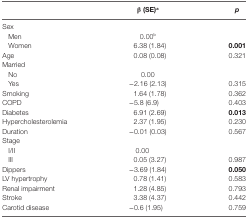
<table><thead><tr><td></td><td><b>β (SE)<sup>a</sup></b></td><td><b><i>p</i></b></td></tr></thead><tbody><tr><td>Sex</td><td></td><td></td></tr><tr><td> Men</td><td>0.00<sup>b</sup></td><td></td></tr><tr><td> Women</td><td>6.38 (1.84)</td><td><b>0.001</b></td></tr><tr><td>Age</td><td>0.08 (0.08)</td><td>0.321</td></tr><tr><td>Married</td><td></td><td></td></tr><tr><td> No</td><td>0.00</td><td></td></tr><tr><td> Yes</td><td>−2.16 (2.13)</td><td>0.315</td></tr><tr><td>Smoking</td><td>1.64 (1.78)</td><td>0.362</td></tr><tr><td>COPD</td><td>−5.8 (6.9)</td><td>0.403</td></tr><tr><td>Diabetes</td><td>6.91 (2.69)</td><td><b>0.013</b></td></tr><tr><td>Hypercholesterolemia</td><td>2.37 (1.95)</td><td>0.230</td></tr><tr><td>Duration</td><td>−0.01 (0.03)</td><td>0.567</td></tr><tr><td>Stage</td><td></td><td></td></tr><tr><td> I/II</td><td>0.00</td><td></td></tr><tr><td> III</td><td>0.05 (3.27)</td><td>0.987</td></tr><tr><td>Dippers</td><td>−3.69 (1.84)</td><td><b>0.050</b></td></tr><tr><td>LV hypertrophy</td><td>0.78 (1.41)</td><td>0.583</td></tr><tr><td>Renal impairment</td><td>1.28 (4.85)</td><td>0.793</td></tr><tr><td>Stroke</td><td>3.38 (4.37)</td><td>0.442</td></tr><tr><td>Carotid disease</td><td>−0.6 (1.95)</td><td>0.759</td></tr></tbody></table>